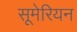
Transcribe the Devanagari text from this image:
सूमेरियन